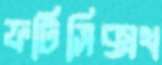
ফর্টিসিক্সথ